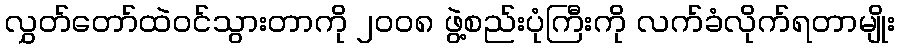
လွှတ်တော်ထဲဝင်သွားတာကို ၂၀၀၈ ဖွဲ့စည်းပုံကြီးကို လက်ခံလိုက်ရတာမျိုး